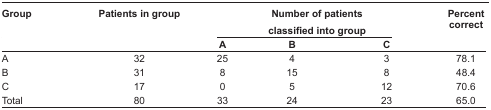
<table><thead><tr><td><b>Group</b></td><td><b>Patients in group</b></td><td colspan="3"><b>Number of patients classified into group</b></td><td><b>Percent correct</b></td></tr><tr><td></td><td></td><td><b>A</b></td><td><b>B</b></td><td><b>C</b></td><td></td></tr></thead><tbody><tr><td>A</td><td>32</td><td>25</td><td>4</td><td>3</td><td>78.1</td></tr><tr><td>B</td><td>31</td><td>8</td><td>15</td><td>8</td><td>48.4</td></tr><tr><td>C</td><td>17</td><td>0</td><td>5</td><td>12</td><td>70.6</td></tr><tr><td>Total</td><td>80</td><td>33</td><td>24</td><td>23</td><td>65.0</td></tr></tbody></table>